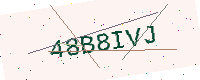
Text: 48B8IVJ